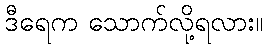
ဒီရေက သောက်လို့ရလား။